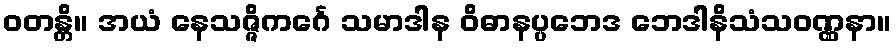
ဝတန္တိ။ အယံ နေသဇ္ဇိကင်္ဂေ သမာဒါန ဝိဓာနပ္ပဘေဒ ဘေဒါနိသံသဝဏ္ဏနာ။